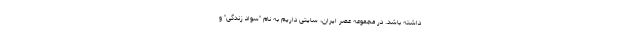
داشته باشد. در مجموعه عصر ایران، سایتی داریم به نام "سواد زندگی" و